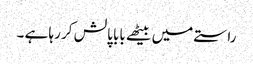
راستے میں بیٹھے بابا پالش کر رہا ہے ۔